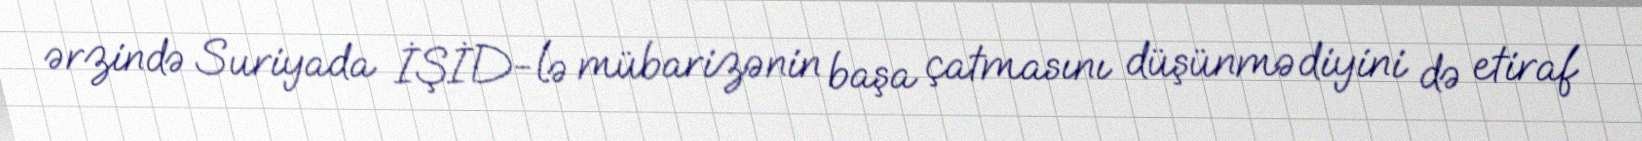
ərzində Suriyada İŞİD-lə mübarizənin başa çatmasını düşünmədiyini də etiraf